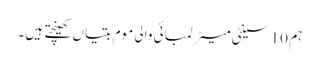
ہم 10 سینٹی میٹر لمبائی والی موم بتیاں کھینچتے ہیں۔